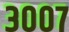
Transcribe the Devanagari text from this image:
३००७